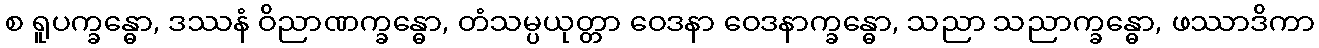
စ ရူပက္ခန္ဓော, ဒဿနံ ဝိညာဏက္ခန္ဓော, တံသမ္ပယုတ္တာ ဝေဒနာ ဝေဒနာက္ခန္ဓော, သညာ သညာက္ခန္ဓော, ဖဿာဒိကာ